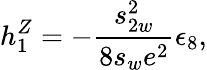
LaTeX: h_{1}^{Z}=-\frac{s_{2w}^{2}}{8s_{w}e^{2}}\epsilon_{8},